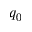
q _ { 0 }